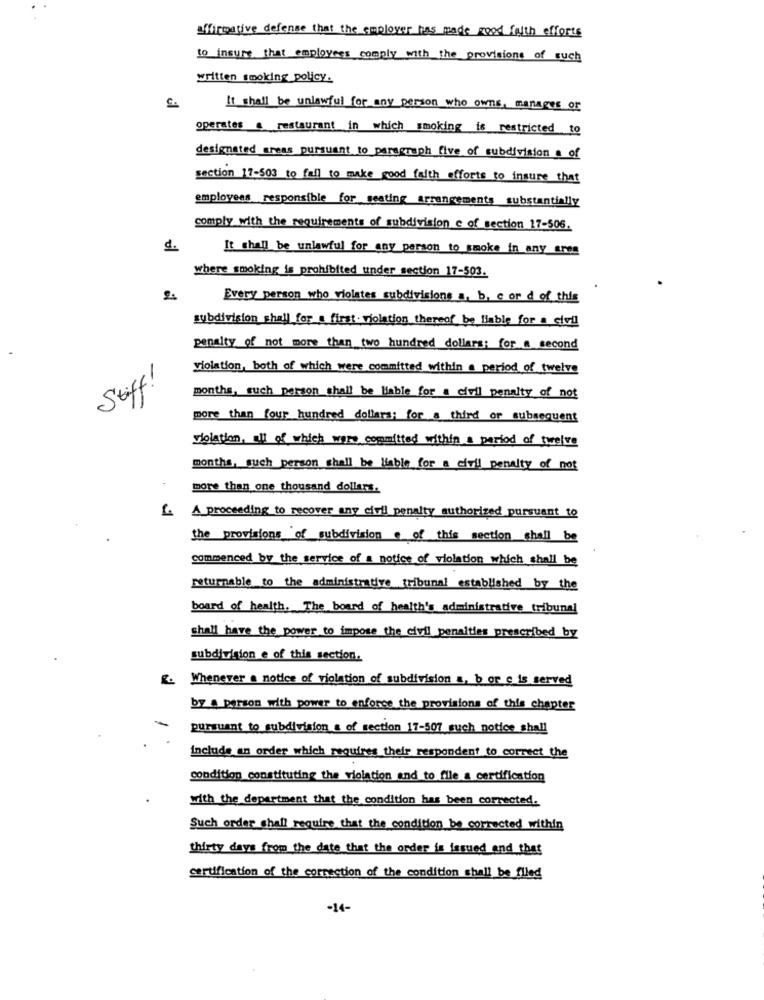
affirmative defense that the employer has made good faith efforts
to insure that employees comply with the provisions of such
written smoking policy.
It shall be unlawful for any person who owns, manages or
operates . restaurant in which smoking is restricted to
designated areas pursuant to paragraph five of subdivision a of
section 17-503 to fall to make good faith efforts to insure that
employees responsible for seating arrangements substantially
comply with the requirements of subdivision c of section 17-506.
d.
It shall be unlawful for any person to smoke in any ares
where smoking is prohibited under section 17-503.
2:
Every person who violates subdivisions a, b, c ond of this
subdivision shall for a first violation thereof be liable for a civil
penalty of not more than two hundred dollars; for a second
violation, both of which were committed within a period of twelve
Stiff!
months, such person shall be liable for a civil penalty of not
more than four hundred dollars; for a third or subsequent
violation, all of which were committed within a period of twelve
months, such person shall be liable for a civil penalty of not
more than one thousand dollars.
A proceeding to recover any civil penalty authorized pursuant to
the provisions of subdivision of this section shall be
commenced by the service of a notice of violation which shall be
returnable to the administrative tribunal established by the
board of health, The board of health's administrative tribunal
shall have the power to impose the civil penalties prescribed by
subdivision e of this section.
g. Whenever a notice of violation of subdivision a, b or c is served
by a person with power to enforce the provisions of this chapter
pursuant to subdivision a of section 17-507 such notice shall
include an order which requires their respondent to correct the
condition constituting the violation and to file a certification
with the department that the condition has been corrected.
Such order shall require that the condition be corrected within
thirty days from the date that the order is issued and that
certification of the correction of the condition shall be filed
-14-